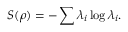
S ( \rho ) = - \sum \lambda _ { i } \log \lambda _ { i } .